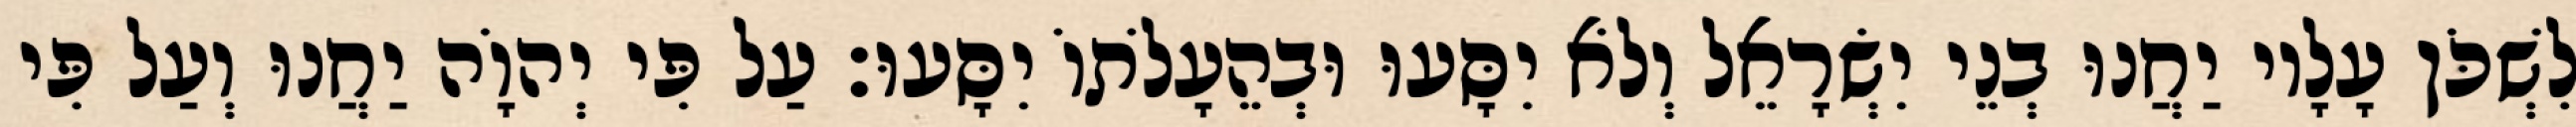
לִשְׁכֹּן עָלָיו יַחֲנוּ בְנֵי יִשְׂרָאֵל וְלֹא יִסָּעוּ וּבְהֵעָלֹתוֹ יִסָּעוּ׃ עַל פִּי יְהוָֹה יַחֲנוּ וְעַל פִּי